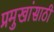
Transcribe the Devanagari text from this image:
प्रमुखांसाठी